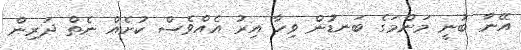
އޭނާ ބުނީ މަންމަގެ ބަނޑުން ވިހާ އިރު އެއްވެސް ކުށެއް ނެތް ދަރިން